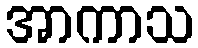
အာကာသ